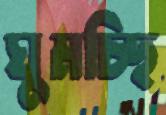
ঘুমচ্ছি